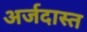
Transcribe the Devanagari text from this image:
अर्जदास्‍त